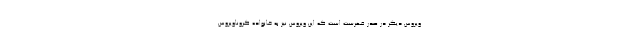
ویروس دیگر در صدر فهرست است که این ویروس نیز به خانواده کروناویروس